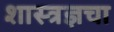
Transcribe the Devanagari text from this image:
शास्त्रज्ञचा